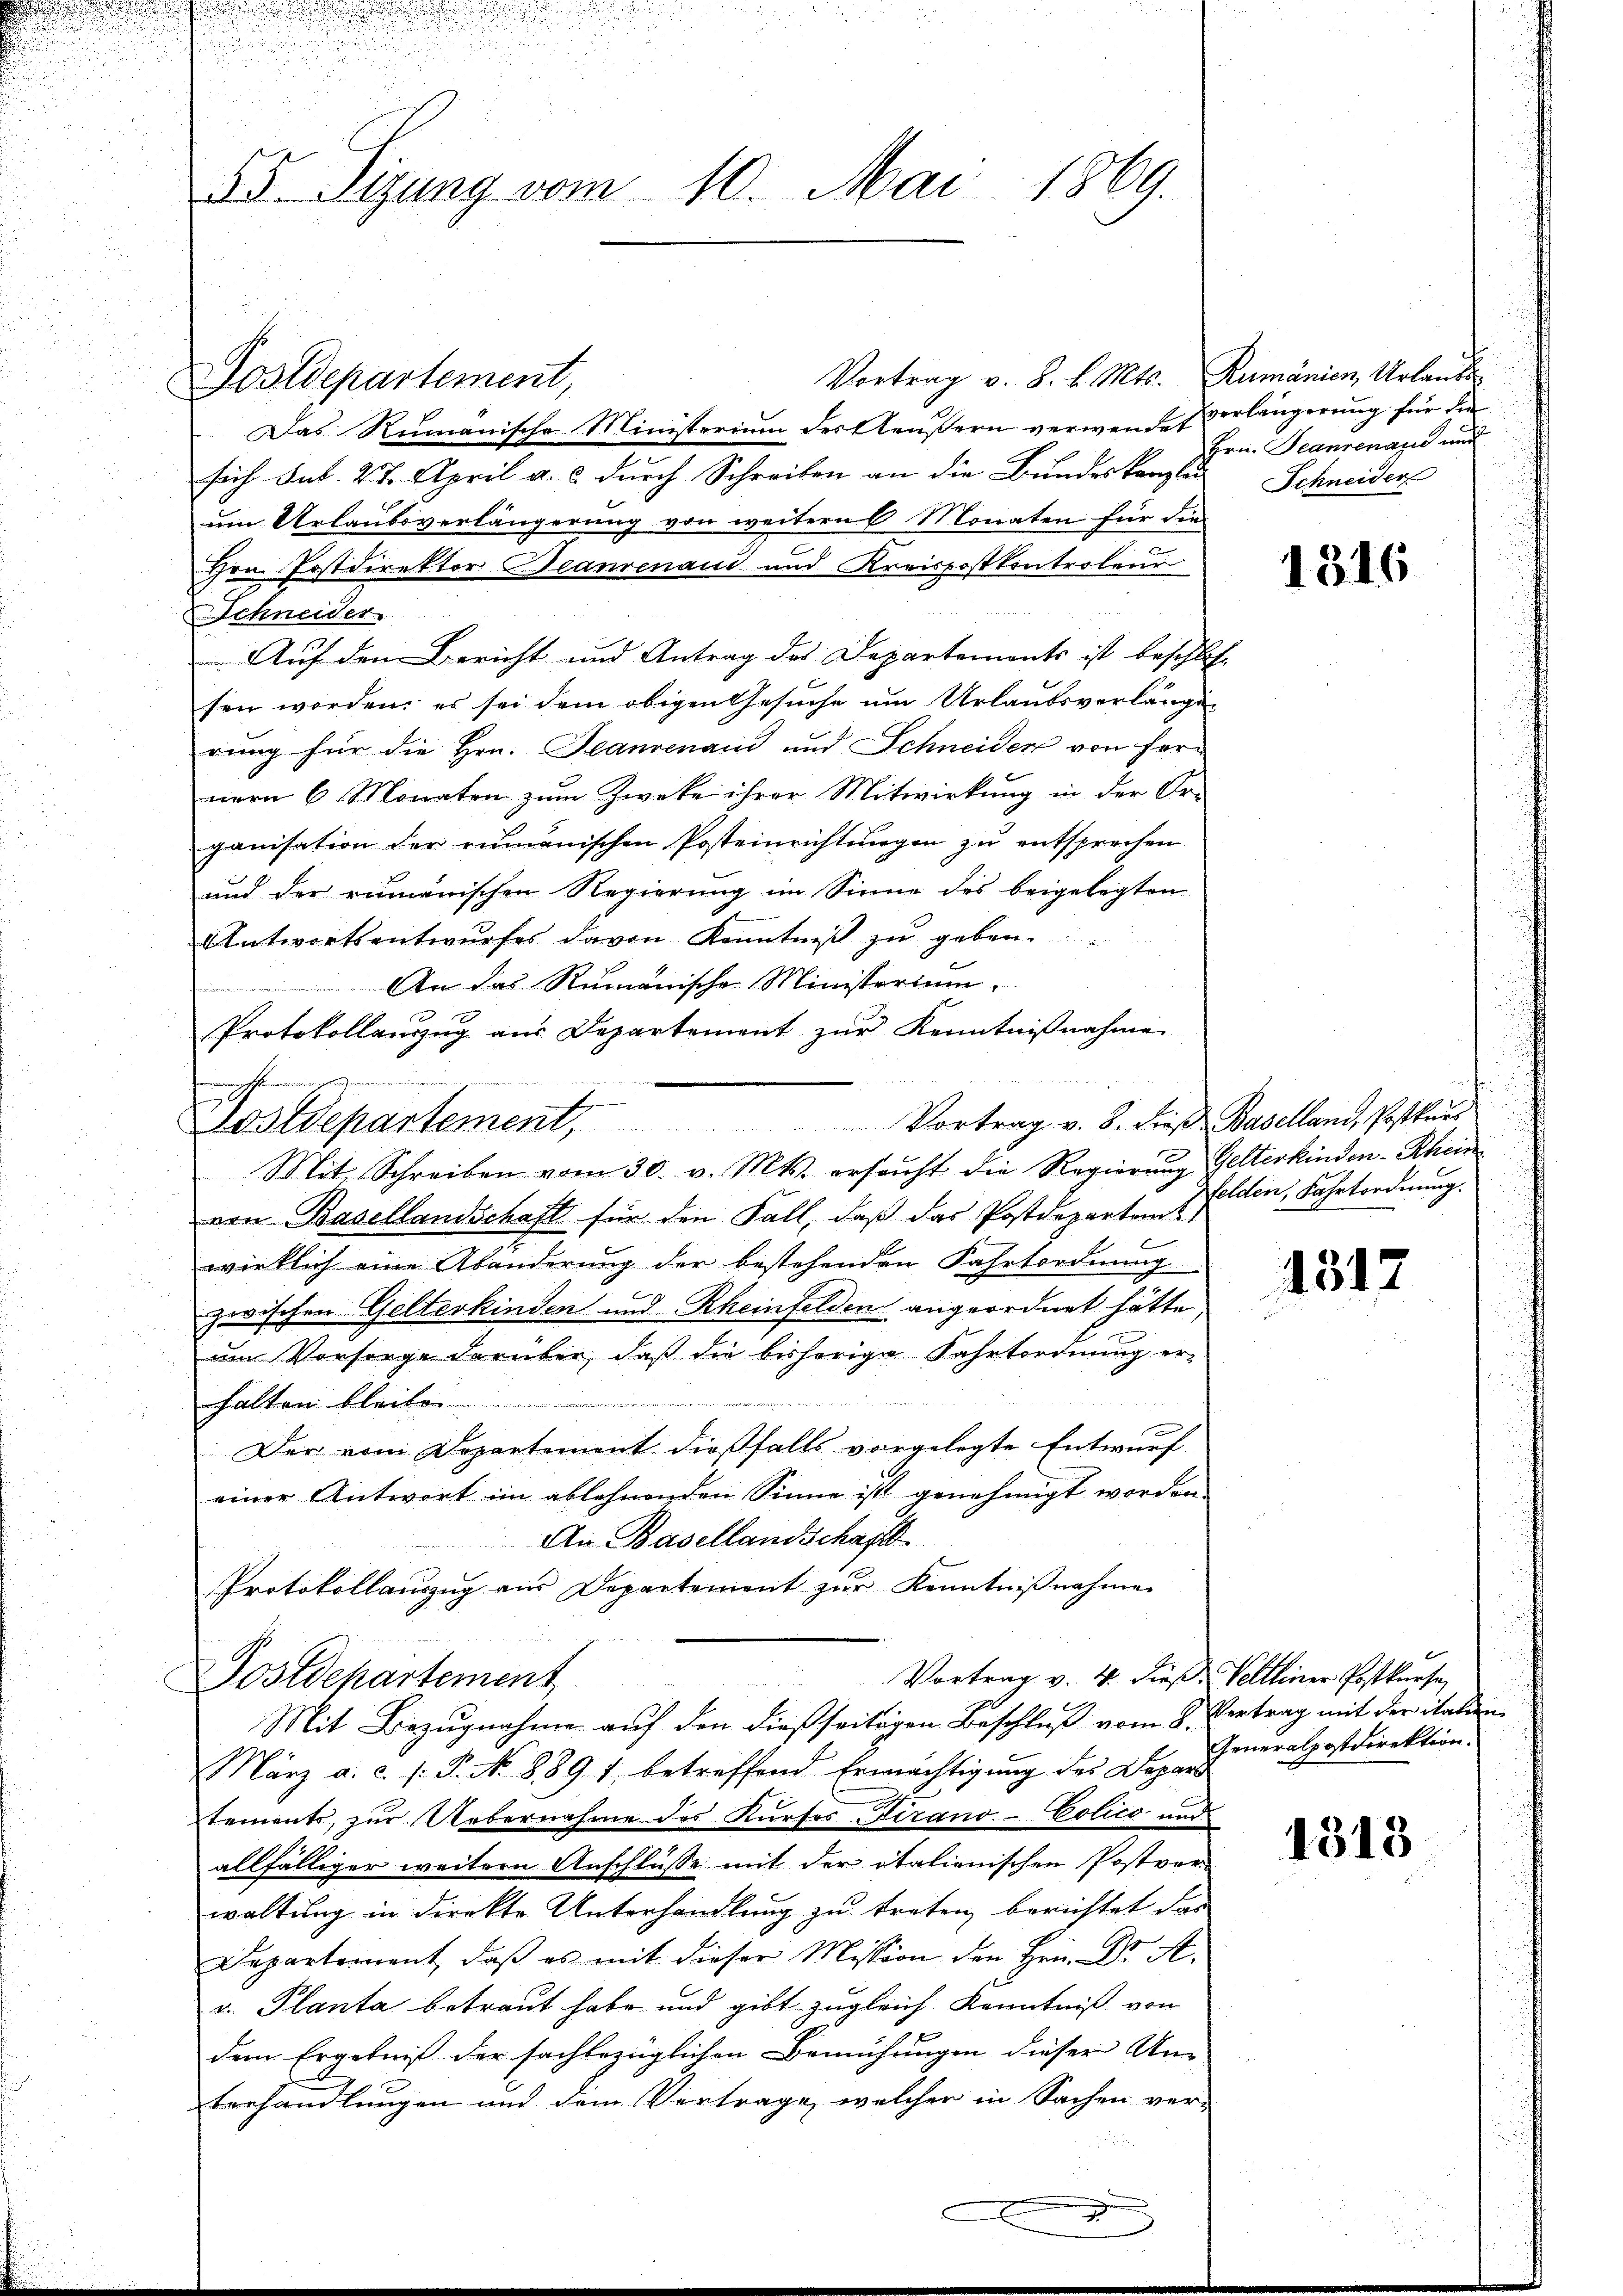
Vortrag v. 8. v. Mts. Rumänien Urlaubs
Postdepartement,
Das Rumänische Ministerium der Kleußern verwendet
sich sub 27. April a. c. durch Schreiben an die Bundeskanzlei
um Urlaubsverlängerung von weitern 6 Monaten für die
ihrn Postdirektor Jeanrenaue und Kreispostkontrolend
Schneider.
Auf den Bericht und Antrag des Departements ist beschlossen worden; es sei dem obigen Gesuche um Urlaubsverlangen
rung für die Hrn. Jeannenaud und Schneiden von hernern 6 Monaten zum Zweke ihrer Mitwirkung in der Or-
ganisation der rumänischen Posteinrichtungen zu entsprechen
und der rumänischen Regierung im Sinne des beigelegten
Antwortsentwurfes davon Kenntniß zu geben.
An das Rumanische Ministorium.
Protokollauszug aus Departement zur Kenntnißnahme
ski we

GosWepartement, Vortrag v. 8. dieβ Baselland, Postkŭrs
Mit Schreiben vom 30. v. Mts. ersucht die Regierung Gelterkinden-Scheide

55. Sitzung vom 10. Mai 1869.

Postdepartement

von Basellandschaft für den Fall, daß das Postdepartamt
wirklich eine Abänderung der bestehenden Fahrtordnung
zwischen Gelterkinden und Rheinfelden angeordnet hätte,
um Vorsorge darüber, daß die bisherige Fahrtordnung er-
halten bleiben
Der vom Departement dießfalls vorgelegte Entwurf
einer Antwort im ablehnenden Sinne ist genehmigt worden.
Ai Basellandschaft
Protokollauszug aus Departement zŭr Kenntniβnahme
Vortrag v. 4. dieß, Velleiner Postkurse,
Mit Bezugnahme auf den dießseitigen Beschluß vom 8. Vertrag mit der italien
März a. c. /: P. N. 889 f. betreffend Ermächtigung des Depars
tements, zur Uebernahme des Kurses, Tirano-Colico und
allfälliger weitern Anschlüsse mit der italienischen Postver-
waltung in direkte Unterhandlung zu treten, berichtet das
Departement, daβ es mit dieser Mission den Hrn Dr. A.
v. Planta betraut habe und gibt zugleich Kenntniß von
dem Ergebniß der sachbezüglichen Bemühungen dieser Um-
terhandlungen und dem Vertrage, welcher in Sachen ver-

verlängerung für die
Hrn. Jeannenaus und
Schneider

1316

felden, Fahrtordnung.

1317

Generalpostdirektion.

1318